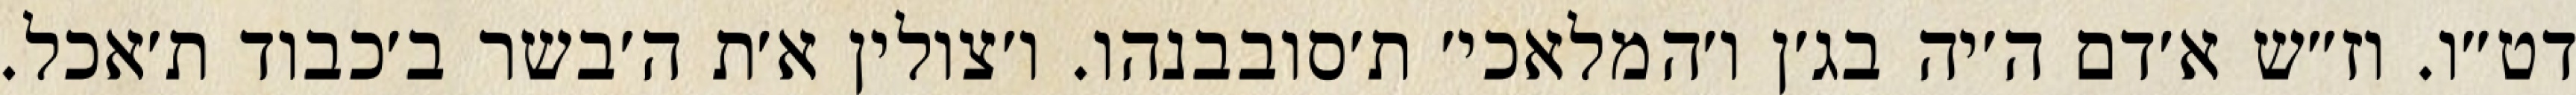
דט״ו. וז״ש א׳דם ה׳יה בג׳ן ו׳המלאכי׳ ת׳סובבנהו. ו׳צולין א׳ת ה׳בשר ב׳כבוד ת׳אכל.